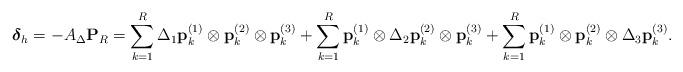
LaTeX: \begin{align*} \boldsymbol{\delta}_h = -A_{\Delta} \mathbf{P}_R= \sum\limits_{k=1}^R \Delta_1 {\bf p}^{(1)}_k \otimes {\bf p}^{(2)}_k \otimes {\bf p}^{(3)}_k + \sum\limits_{k=1}^R {\bf p}^{(1)}_k \otimes \Delta_2 {\bf p}^{(2)}_k \otimes {\bf p}^{(3)}_k + \sum\limits_{k=1}^R {\bf p}^{(1)}_k \otimes {\bf p}^{(2)}_k \otimes \Delta_3 {\bf p}^{(3)}_k. \end{align*}